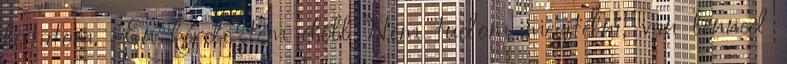
leitatom. -Én kérdeztem előbb Nem tudom megítélni, van benned